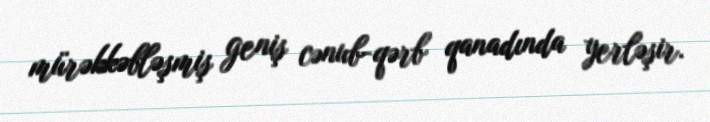
mürəkkəbləşmiş geniş cənub-qərb qanadında yerləşir.